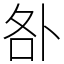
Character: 𠧨